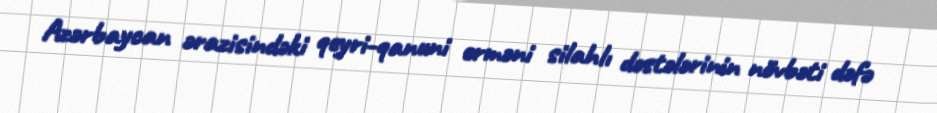
Azərbaycan ərazisindəki qeyri-qanuni erməni silahlı dəstələrinin növbəti dəfə